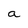
Character: a